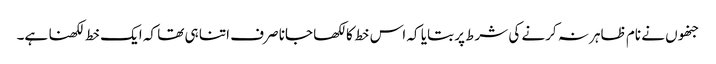
جنھوں نے نام ظاہر نہ کرنے کی شرط پر بتایا کہ اس خط کا لکھا جانا صرف اتنا ہی تھا کہ ایک خط لکھنا ہے۔